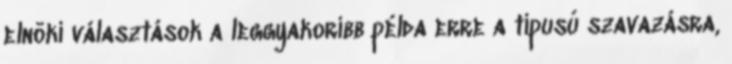
elnöki választások a leggyakoribb példa erre a típusú szavazásra,